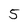
Character: 5